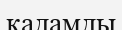
қадамды